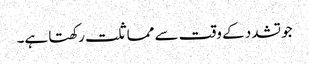
جو تشدد کے وقت سے مماثلت رکھتا ہے۔